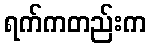
ရက်ကတည်းက